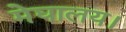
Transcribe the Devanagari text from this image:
मेघालय।